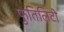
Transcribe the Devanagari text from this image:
फुतिलिटी